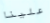
علينا